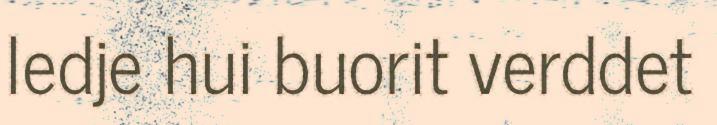
ledje hui buorit verddet